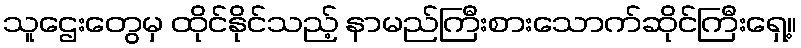
သူဌေးတွေမှ ထိုင်နိုင်သည့် နာမည်ကြီးစားသောက်ဆိုင်ကြီးရှေ့။